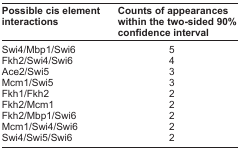
<table><thead><tr><td><b>Possible cis element interactions</b></td><td><b>Counts of appearances within the two-sided 90% confidence interval</b></td></tr></thead><tbody><tr><td>Swi4/Mbp1/Swi6</td><td>5</td></tr><tr><td>Fkh2/Swi4/Swi6</td><td>4</td></tr><tr><td>Ace2/Swi5</td><td>3</td></tr><tr><td>Mcm1/Swi5</td><td>3</td></tr><tr><td>Fkh1/Fkh2</td><td>2</td></tr><tr><td>Fkh2/Mcm1</td><td>2</td></tr><tr><td>Fkh2/Mbp1/Swi6</td><td>2</td></tr><tr><td>Mcm1/Swi4/Swi6</td><td>2</td></tr><tr><td>Swi4/Swi5/Swi6</td><td>2</td></tr></tbody></table>